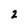
Character: 2